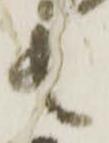
者